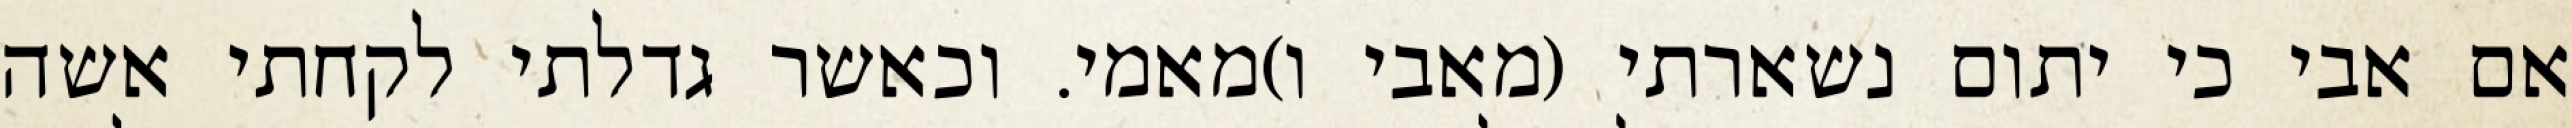
אם אבי כי יתום נשארתי (מאבי ו)מאמי. וכאשר גדלתי לקחתי אשה